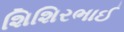
શિશિરભાઈ